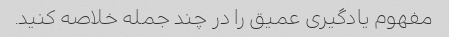
مفهوم یادگیری عمیق را در چند جمله خلاصه کنید.